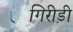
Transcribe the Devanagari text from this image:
गिरीड़ी